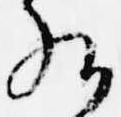
給